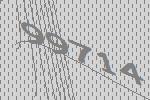
99714